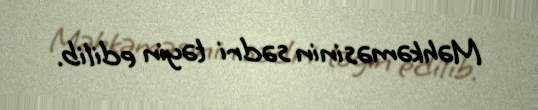
Məhkəməsinin sədri təyin edilib.